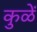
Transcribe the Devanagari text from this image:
कुळें